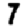
Digit: 7